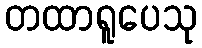
တထာရူပေသု